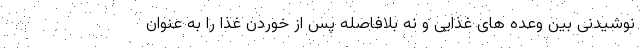
نوشیدنی بین وعده های غذایی و نه بلافاصله پس از خوردن غذا را به عنوان